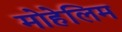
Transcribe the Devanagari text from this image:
मोहेलिम